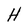
Character: H